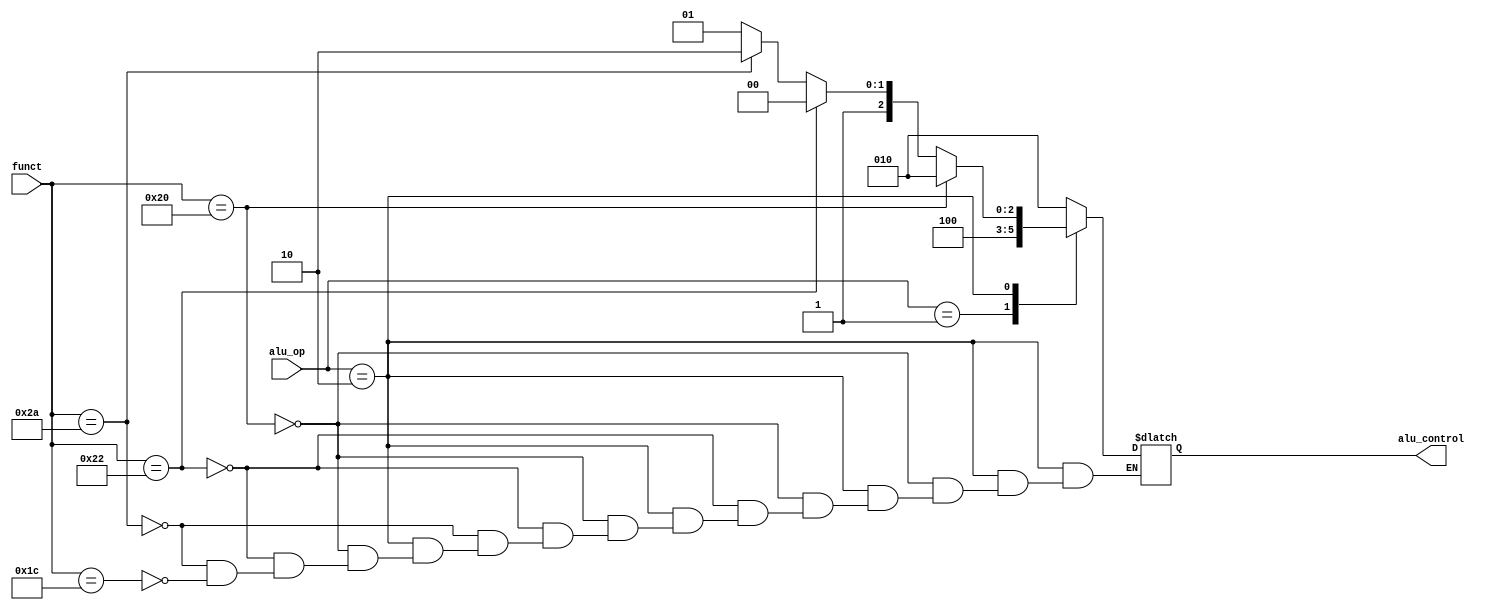
module alu_decoder (alu_op,funct,alu_control);
input[1:0]alu_op;
input[5:0] funct;
output reg [2:0] alu_control;
always @(*) begin
    case (alu_op)
        2'b00: alu_control = 3'b010;
        2'b01: alu_control = 3'b100;
        2'b10: begin 
        if (funct==6'b100000)
           alu_control = 3'b010;
        else if (funct==6'b100010) begin
           alu_control = 3'b100;
        end 
        else if (funct==6'b101010) begin
           alu_control = 3'b110;
        end 
        else if (funct==6'b011100) begin
           alu_control = 3'b101;
        end 
        else
        $display("Not Used");
        end 
        default:  alu_control = 3'b010;
    endcase
end
    endmodule